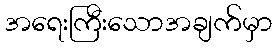
အရေးကြီးသောအချက်မှာ